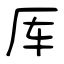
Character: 厍